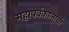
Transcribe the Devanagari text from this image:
महापर्वकालाची